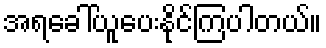
အရခေါ်ယူပေးနိုင်ကြပါတယ်။